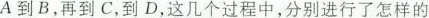
A到B，再到C，到D，这几个过程中，分别进行了怎样的